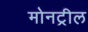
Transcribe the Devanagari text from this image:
मोनट्रील